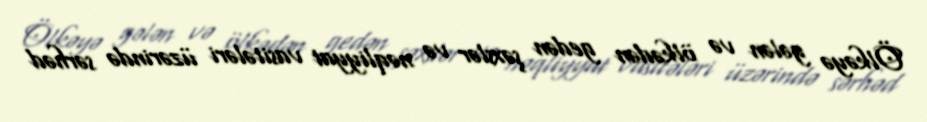
Ölkəyə gələn və ölkədən gedən şəxslər və nəqliyyat vasitələri üzərində sərhəd